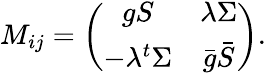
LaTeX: M_{ij}=\left(\begin{array}{cc}{{gS}}&{{\lambda\Sigma}}\\ {{-\lambda{}^{t}\Sigma}}&{{\bar{g}\bar{S}}}\end{array}\right).